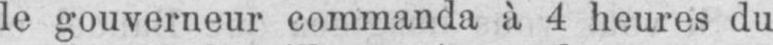
le gouverneur commanda à 4 heures du